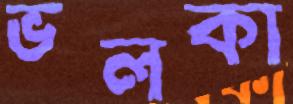
ভলকা